Annual administration report of the Civil Veterinary Department of India - 1893-1894
Year: 1893
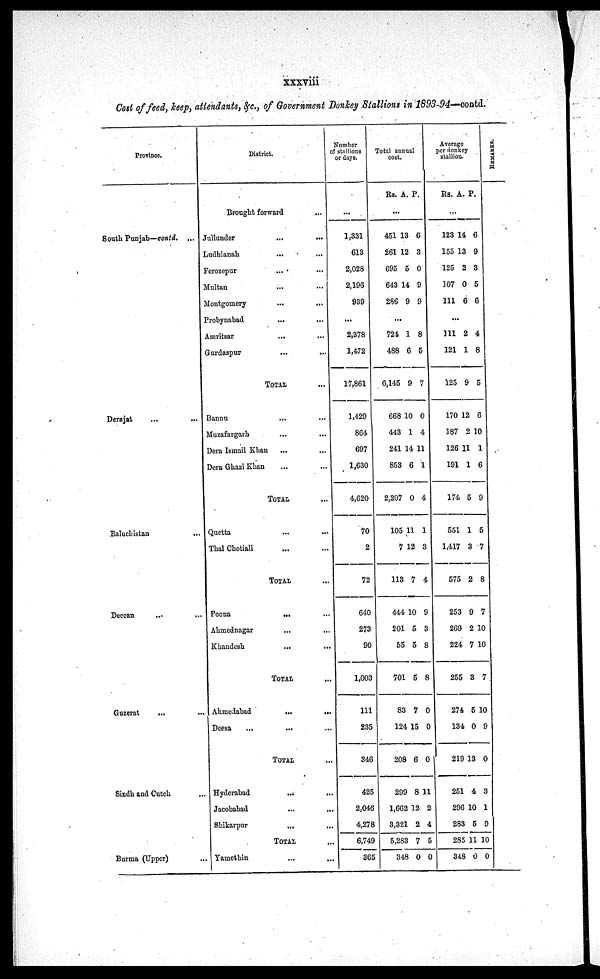
xxxviii
Cost of feed, keep, attendants, &c., of Government Donkey Stallions in 1893-94—contd.
Province.
South Punjab—contd. ...
Derajat ... ...
Baluchistan ...
Deccan ... ...
Guzerat ... ...
Sindh and Cutch
...
Burma (Upper) ...
District.
Brought forward ...
Jullunder ... ...
Ludhianah
...
...
Ferozepur ... ...
Multan ... ...
Montgomery ... ...
Probynabad
...
...
Amritsar ... ...
Gurdaspur ... ...
TOTAL ...
Bannu ... ...
Muzafargarh ... ...
Dera Ismail Khan ... ...
Dera Ghazi Khan ... ...
TOTAL ...
Quetta ... ...
Thal Chotiali ... ...
TOTAL ...
Poona
...
...
Ahmednagar
...
...
Khandesh ... ...
TOTAL ...
Ahmedabad
...
Deesa ... ...
TOTAL ...
Hyderabad
...
...
Jacobabad ... ...
Shikarpur
...
...
TOTAL ...
Yamethin ... ...
Number
of stallions
or days.
...
1,331
613
2,028
2,196
939
...
2,378
1,472
17,861
1,429
864
697
1,630
4,620
70
2
72
640
273
90
1,003
111
235
346
425
2,046
4,278
6,749
365
Total annual
cost .
Rs. A. P.
...
451
261
695
643
286
13
12
5
14
9
6
3
0
9
9
...
724
488
6,145
668
443
241
853
2,207
105
7
113
444
201
55
701
83
124
208
299
1,662
3,321
5,283
348
1
6
9
10
1
14
6
0
11
12
7
10
5
5
5
7
15
6
8
12
2
7
0
8
5
7
0
4
11
1
4
1
3
4
9
3
8
8
0
0
0
11
2
4
5
0
Average
per donkey
stallion.
Rs. A. P.
...
123
155
125
107
111
14
13
2
0
6
6
9
3
5
6
...
111
121
125
170
187
126
191
174
551
1,417
575
253
269
224
255
274
134
219
251
296
283
285
348
2
1
9
12
2
11
1
5
1
3
2
9
2
7
3
5
0
13
4
10
5
11
0
4
8
5
6
10
1
6
9
5
7
8
7
10
10
7
10
9
0
3
1
9
10
0
REMARKS.